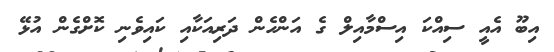
އިބޫ އެއީ ސިއްކަ އިސްމާއިލް ގެ އަންހެން ދަރިއަކާއި ކައިވެނި ކޮށްގެން އުޅޭ